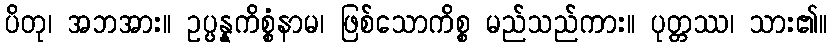
ပိတု၊ အဘအား။ ဥပ္ပန္နကိစ္စံနာမ၊ ဖြစ်သောကိစ္စ မည်သည်ကား။ ပုတ္တဿ၊ သား၏။